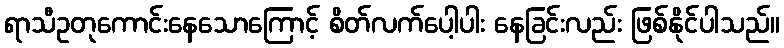
ရာသီဥတုကောင်းနေသောကြောင့် စိတ်လက်ပေါ့ပါး နေခြင်းလည်း ဖြစ်နိုင်ပါသည်။